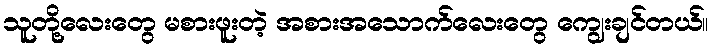
သူတို့လေးတွေ မစားဖူးတဲ့ အစားအသောက်လေးတွေ ကျွေးချင်တယ်။